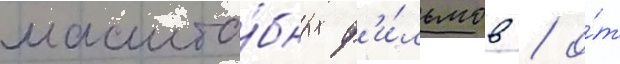
масшта́бных ф'и́льмов / о́т